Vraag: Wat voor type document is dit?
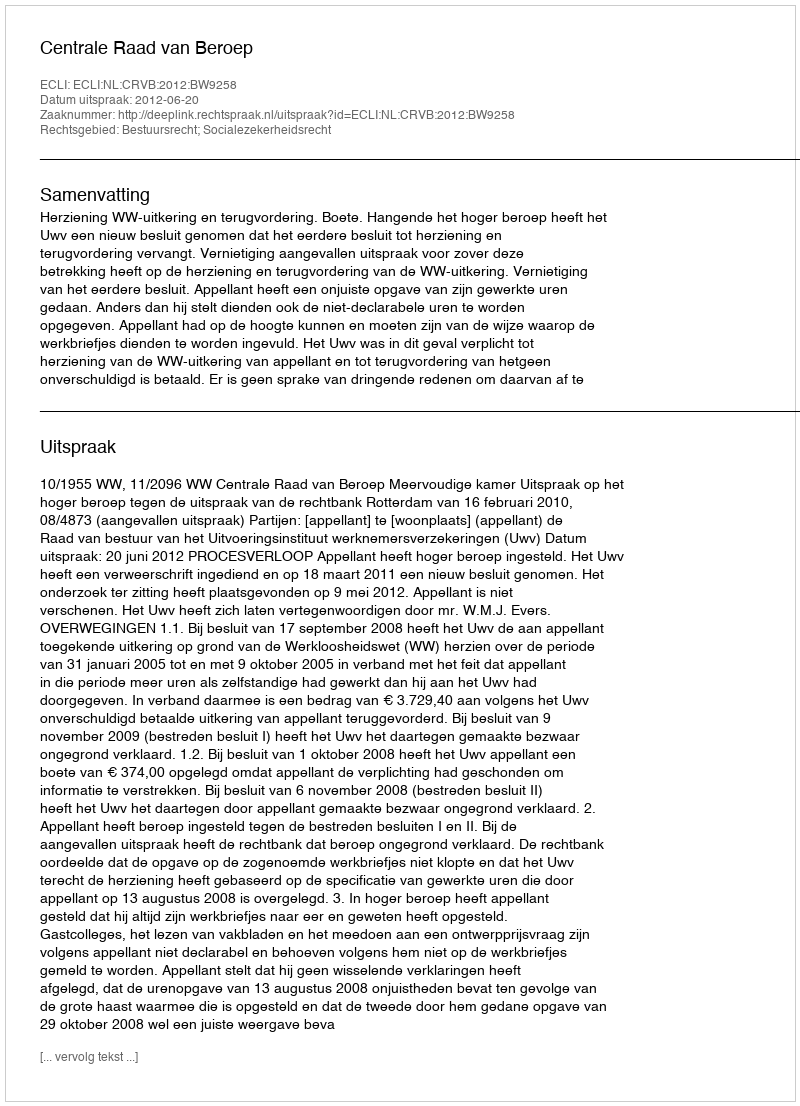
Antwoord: Uitspraak